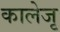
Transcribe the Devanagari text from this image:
कालेजृ